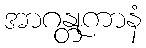
အာဂန္တုကာနံ